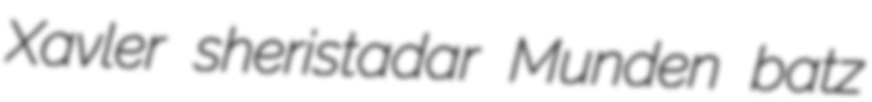
Xavler sheristadar Munden batz